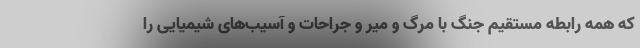
که همه رابطه مستقیم جنگ با مرگ و میر و جراحات و آسیب‌های شیمیایی را